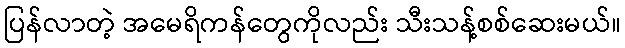
ပြန်လာတဲ့ အမေရိကန်တွေကိုလည်း သီးသန့်စစ်ဆေးမယ်။